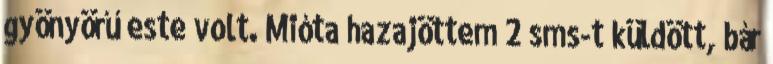
gyönyörű este volt. Mióta hazajöttem 2 sms-t küldött, bár